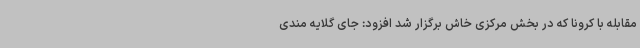
مقابله با کرونا که در بخش مرکزی خاش برگزار شد افزود: جای گلایه مندی